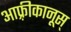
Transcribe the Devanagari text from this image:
आफ़्रीकानूस्